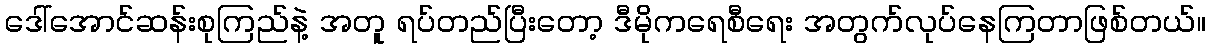
ဒေါ်အောင်ဆန်းစုကြည်နဲ့ အတူ ရပ်တည်ပြီးတော့ ဒီမိုကရေစီရေး အတွက်လုပ်နေကြတာဖြစ်တယ်။